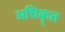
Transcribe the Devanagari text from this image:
अधिकृ्त